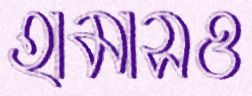
হামাসও